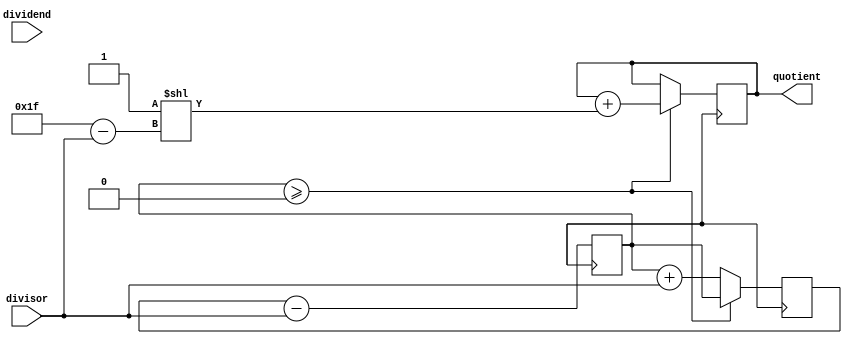
module pipelined_divider(
    input wire [31:0] dividend,
    input wire [31:0] divisor,
    output reg [31:0] quotient
);

reg [31:0] remainder;
reg [31:0] partial_result1;
reg [31:0] partial_result2;

always @ (posedge clk) begin
    // Stage 1: Subtract divisor from partial result
    partial_result1 <= partial_result2 - divisor;
    
    // Stage 2: Compare partial result with divisor
    if(partial_result1 >= 0) begin
        partial_result2 <= partial_result1;
        remainder <= remainder & divisor;
    end else begin
        partial_result2 <= partial_result1 + divisor;
        remainder <= remainder & 0;
    end
    
    // Final stage: Calculate quotient
    if(partial_result1 >= 0) begin
        quotient <= quotient + (1 << (31-divisor));
    end
end

endmodule